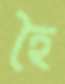
হৈ